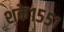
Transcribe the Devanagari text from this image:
शके१५५१